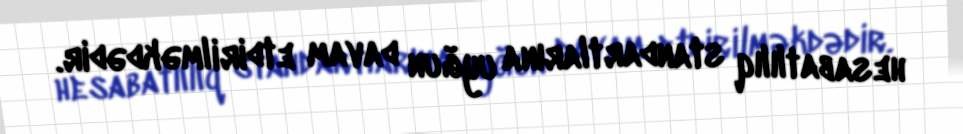
hesabatlılıq standartlarına uyğun davam etdirilməkdədir.